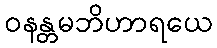
ဝနန္တမဘိဟာရယေ